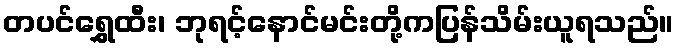
တပင်ရွှေထီး၊ ဘုရင့်နောင်မင်းတို့ကပြန်သိမ်းယူရသည်။